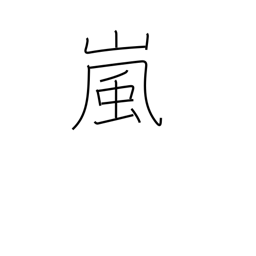
Meaning: storm